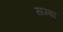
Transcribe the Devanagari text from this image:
सम्बा